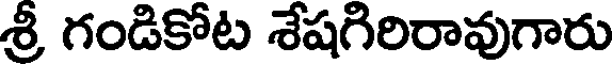
శ్రీ గండికోట శేషగిరిరావుగారు